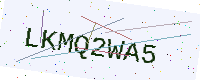
Text: LKMQ2WA5